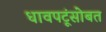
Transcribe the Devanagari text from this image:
धावपटूंसोबत